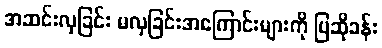
အဆင်းလှခြင်း မလှခြင်းအကြောင်းများကို ပြဆိုခန်း